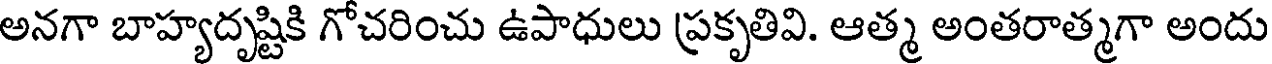
అనగా బాహ్యదృష్టికి గోచరించు ఉపాధులు ప్రకృతివి. ఆత్మ అంతరాత్మగా అందు